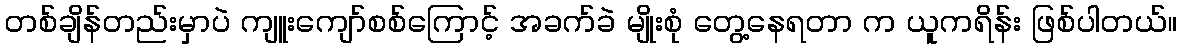
တစ်ချိန်တည်းမှာပဲ ကျူးကျော်စစ်ကြောင့် အခက်ခဲ မျိုးစုံ တွေ့နေရတာ က ယူကရိန်း ဖြစ်ပါတယ်။